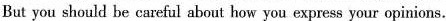
But you should be careful about how you express your opinions.